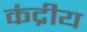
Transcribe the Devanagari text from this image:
कंद्रीय